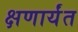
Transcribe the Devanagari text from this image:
क्षणार्यंत